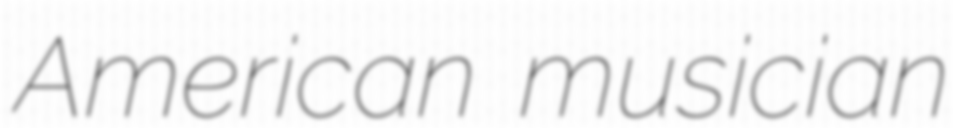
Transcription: American musician